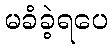
မခံခဲ့ရပေ